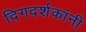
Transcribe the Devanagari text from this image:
दिगदर्शकांनी